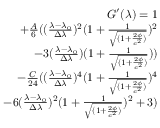
\begin{array} { r } { G ^ { \prime } ( \lambda ) = 1 } \\ { + \frac { A } { 6 } ( ( \frac { \lambda - \lambda _ { 0 } } { \Delta \lambda } ) ^ { 2 } ( 1 + \frac { 1 } { \sqrt { ( 1 + \frac { 2 \phi } { c ^ { 2 } } ) } } ) ^ { 2 } } \\ { - 3 ( \frac { \lambda - \lambda _ { 0 } } { \Delta \lambda } ) ( 1 + \frac { 1 } { \sqrt { ( 1 + \frac { 2 \phi } { c ^ { 2 } } ) } } ) ) } \\ { - \frac { C } { 2 4 } ( ( \frac { \lambda - \lambda _ { 0 } } { \Delta \lambda } ) ^ { 4 } ( 1 + \frac { 1 } { \sqrt { ( 1 + \frac { 2 \phi } { c ^ { 2 } } ) } } ) ^ { 4 } } \\ { - 6 ( \frac { \lambda - \lambda _ { 0 } } { \Delta \lambda } ) ^ { 2 } ( 1 + \frac { 1 } { \sqrt { ( 1 + \frac { 2 \phi } { c ^ { 2 } } ) } } ) ^ { 2 } + 3 ) } \end{array}